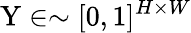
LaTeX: \mathrm{Y}\in\sim[0,1]^{H\times W}